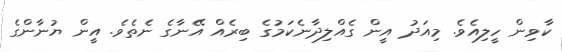
ކާވިން ހީލިއެވެ. މިއަދު އީން ގެއްލިދާނެކަމުގެ ބިރެއް އޭނާގެ ނެތެވެ. އީން ޔުނާންގެ